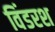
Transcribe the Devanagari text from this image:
विंडरश